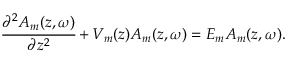
\cfrac { \partial ^ { 2 } A _ { m } ( z , \omega ) } { \partial z ^ { 2 } } + V _ { m } ( z ) A _ { m } ( z , \omega ) = E _ { m } A _ { m } ( z , \omega ) .